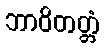
ဘာဝိတတ္တံ